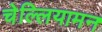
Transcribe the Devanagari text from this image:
चेल्लियामन